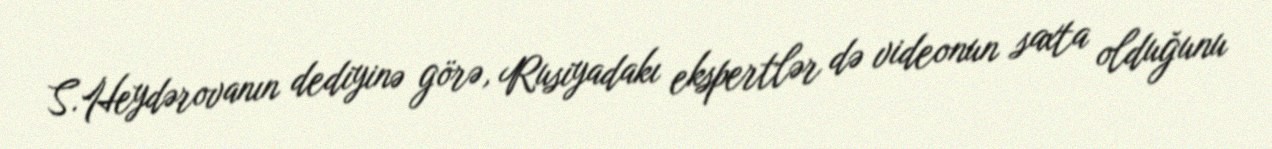
S.Heydərovanın dediyinə görə, Rusiyadakı ekspertlər də videonun saxta olduğunu